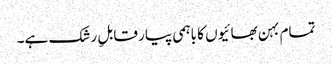
تمام بہن بھائیوں کا باہمی پیار قابلِ رشک ہے۔